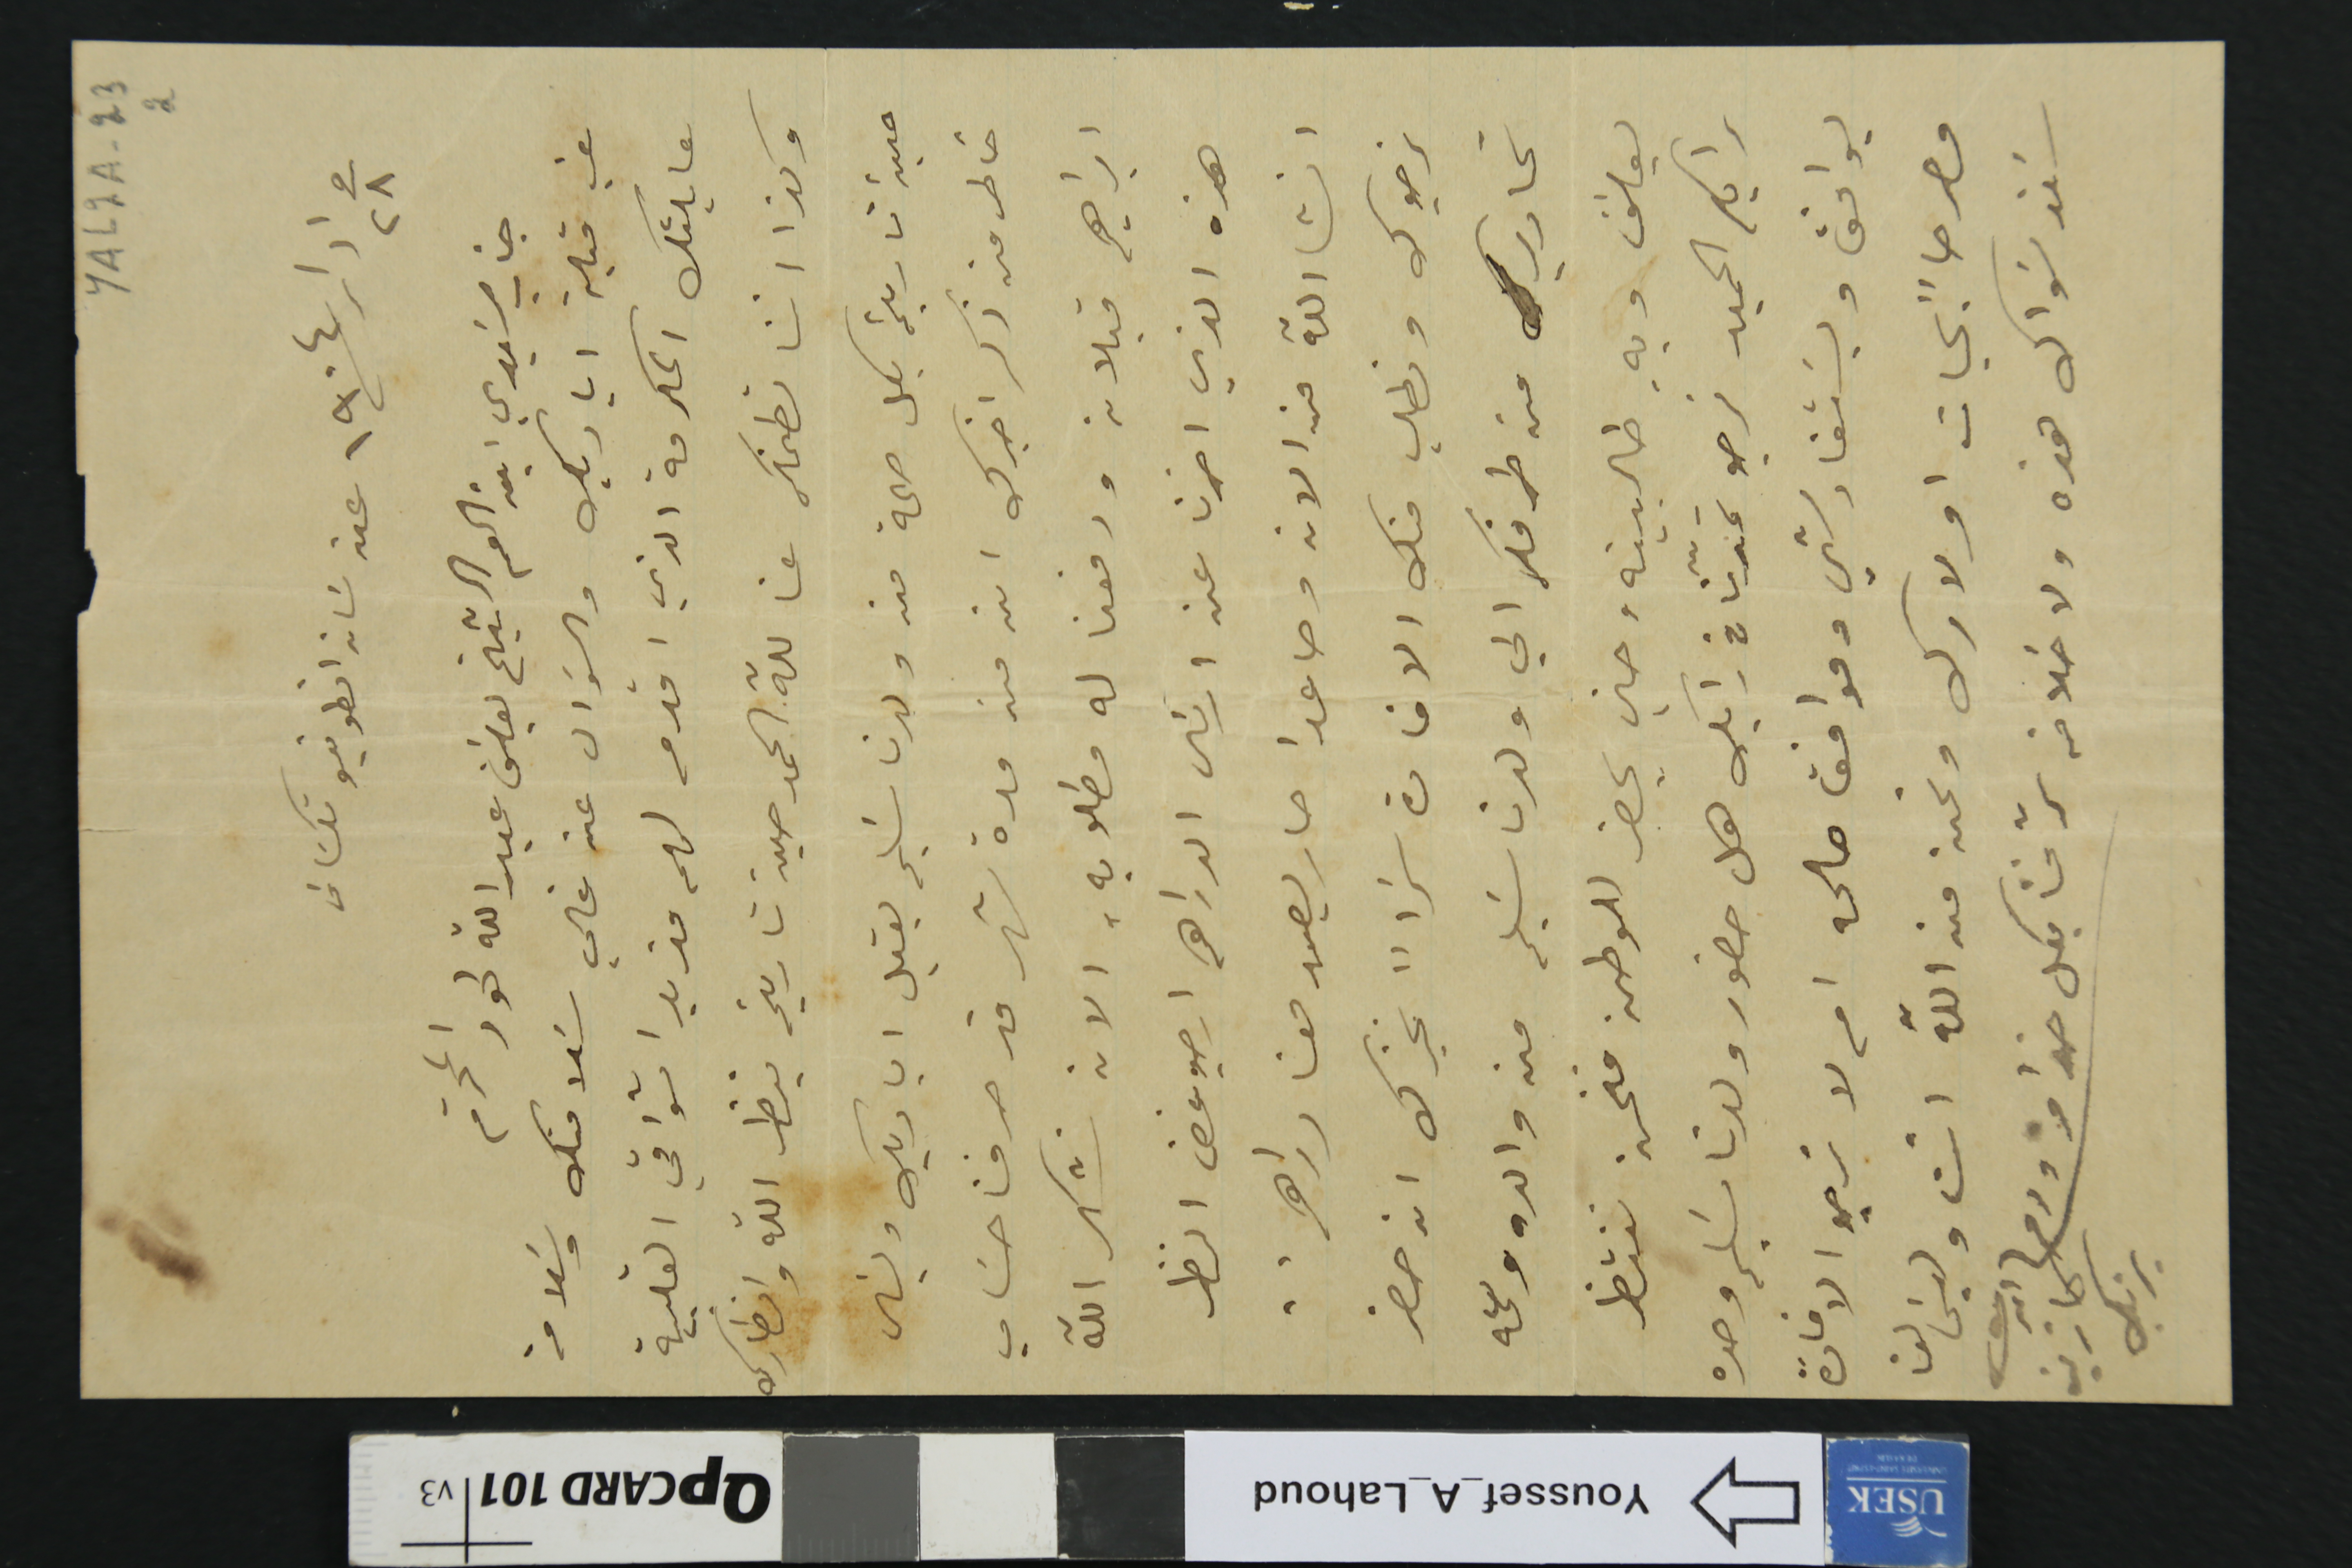
YAL2A-23 2
في ٢٨ ادار /١٩٠٤ عن سَان انطونيو تكسَاسَ
جناب سَيدي ابن العم الشيخ يوسَف عبدالله لحود المحترم
غب قبلة اياديك والسؤال عن غالي سَلامتك وسَلامة
عايلتك المكرمة الذي اقدم لهم مزيد اشواقي القلبية
وكذا اننا نطمنك عنا لله الحمد حين تاريخه ينظر الله وانظارك
حين تاريخه بكل صحة من ولدنا سَليم يقبل اياديك ويسَال
خاطر من ذكر اخبرك ان من مدة شهر قد صرفنا حسَاب
ابراهيم قبلان ودفعنا له مطلوبه، الان نشكر الله
هذه الذي اخرنا عن ارسَال الدراهم ارجو غض النظر
انشالله من الان وصاعدا صار يصير معنا دراهم..
نرجوك ونطلب منك الافادة سَراً نخبرك انه حضر
تحارير من طرفكم الي ولدنا سَليم من والده وعمه
يوسَف وبهِ طالبينه وحين يحضر للوطن فنحن ننتظر
رايكم الحميد نرجو تمدّنا فى رايك هل حضور ولدنا سَليم وحده
يوافق ويسَتفاد شي وموافق صالحه ام لا نرجو الافادة
مصرحاً بحيات اولادك ونحن من الله اتت وليسَ لنا
سَند سَواك هذه ولا خلافه سرّ نحنا بكل هذا ودمتم

كاترين يزبك